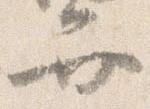
弁